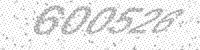
Solution: 600526